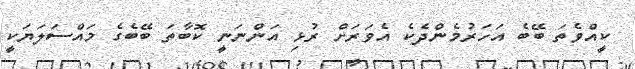
ކީއްވެތަ ބޭބެ އަހަރުމެންދެކެ އެވަރަށް ރުޅި އަންނަނީ ކޮބާތަ ބޭބެގެ މައްސަލަޔަކީ